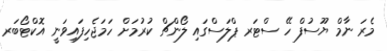
މެރަ ނާމް ޔޫސުފް ހޭ ސްޓަރ ޕްލަސްގައި ލޯންޗް ކުރުމަށް ހަމަޖެހިފައިވަނީ އޮކްޓޯބަރ